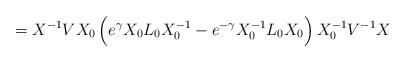
\begin{align*}=X^{-1}VX_0\,\Big(e^{\gamma}X_0L_0X_0^{-1}-e^{-\gamma}X_0^{-1}L_0X_0\Big)\,X_0^{-1}V^{-1}X\end{align*}